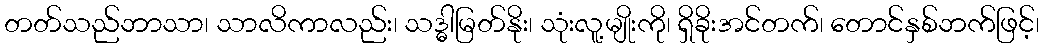
တတ်သည်ဘာသာ၊ သာလိကာလည်း၊ သဒ္ဓါမြတ်နိုး၊ သုံးလူ့မျိုးကို၊ ရှိခိုးအင်တက်၊ တောင်နှစ်ဘက်ဖြင့်၊